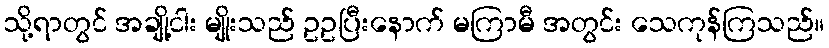
သို့ရာတွင် အချို့ငါး မျိုးသည် ဥဥပြီးနောက် မကြာမီ အတွင်း သေကုန်ကြသည်။